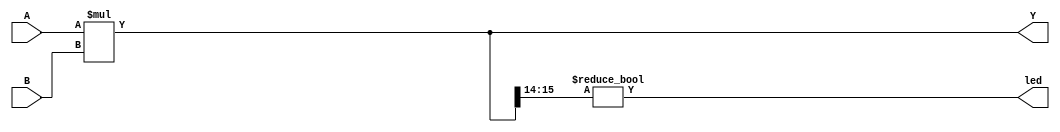
`timescale 1ns / 1ps



module Multiplyer_two8bitIN_16bitOUT(

   input [7:0] A, B,
   output led,
   output [15:0] Y
);


assign led = Y[15:14] != 2'b0;

assign Y = A * B;

endmodule